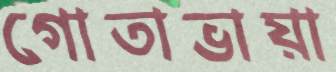
গোতাভায়া